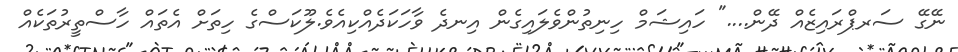
ނޭގޭ ސަރޕްރައިޒެއް ދޭން...." ހައިޝަމް ހިނިތުންވެލައިގެން އިނދެ ވާހަކަދެއްކިއެވެ.ލޫކަސްގެ ހިތަށް އެތައް ހާސްތީރުތަކެއް